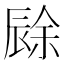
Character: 𲅊